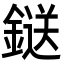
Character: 鎹